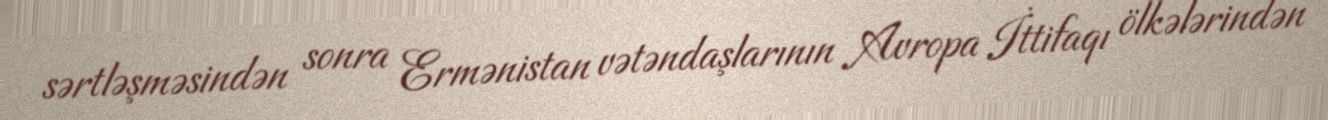
sərtləşməsindən sonra Ermənistan vətəndaşlarının Avropa İttifaqı ölkələrindən